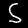
Digit: 5